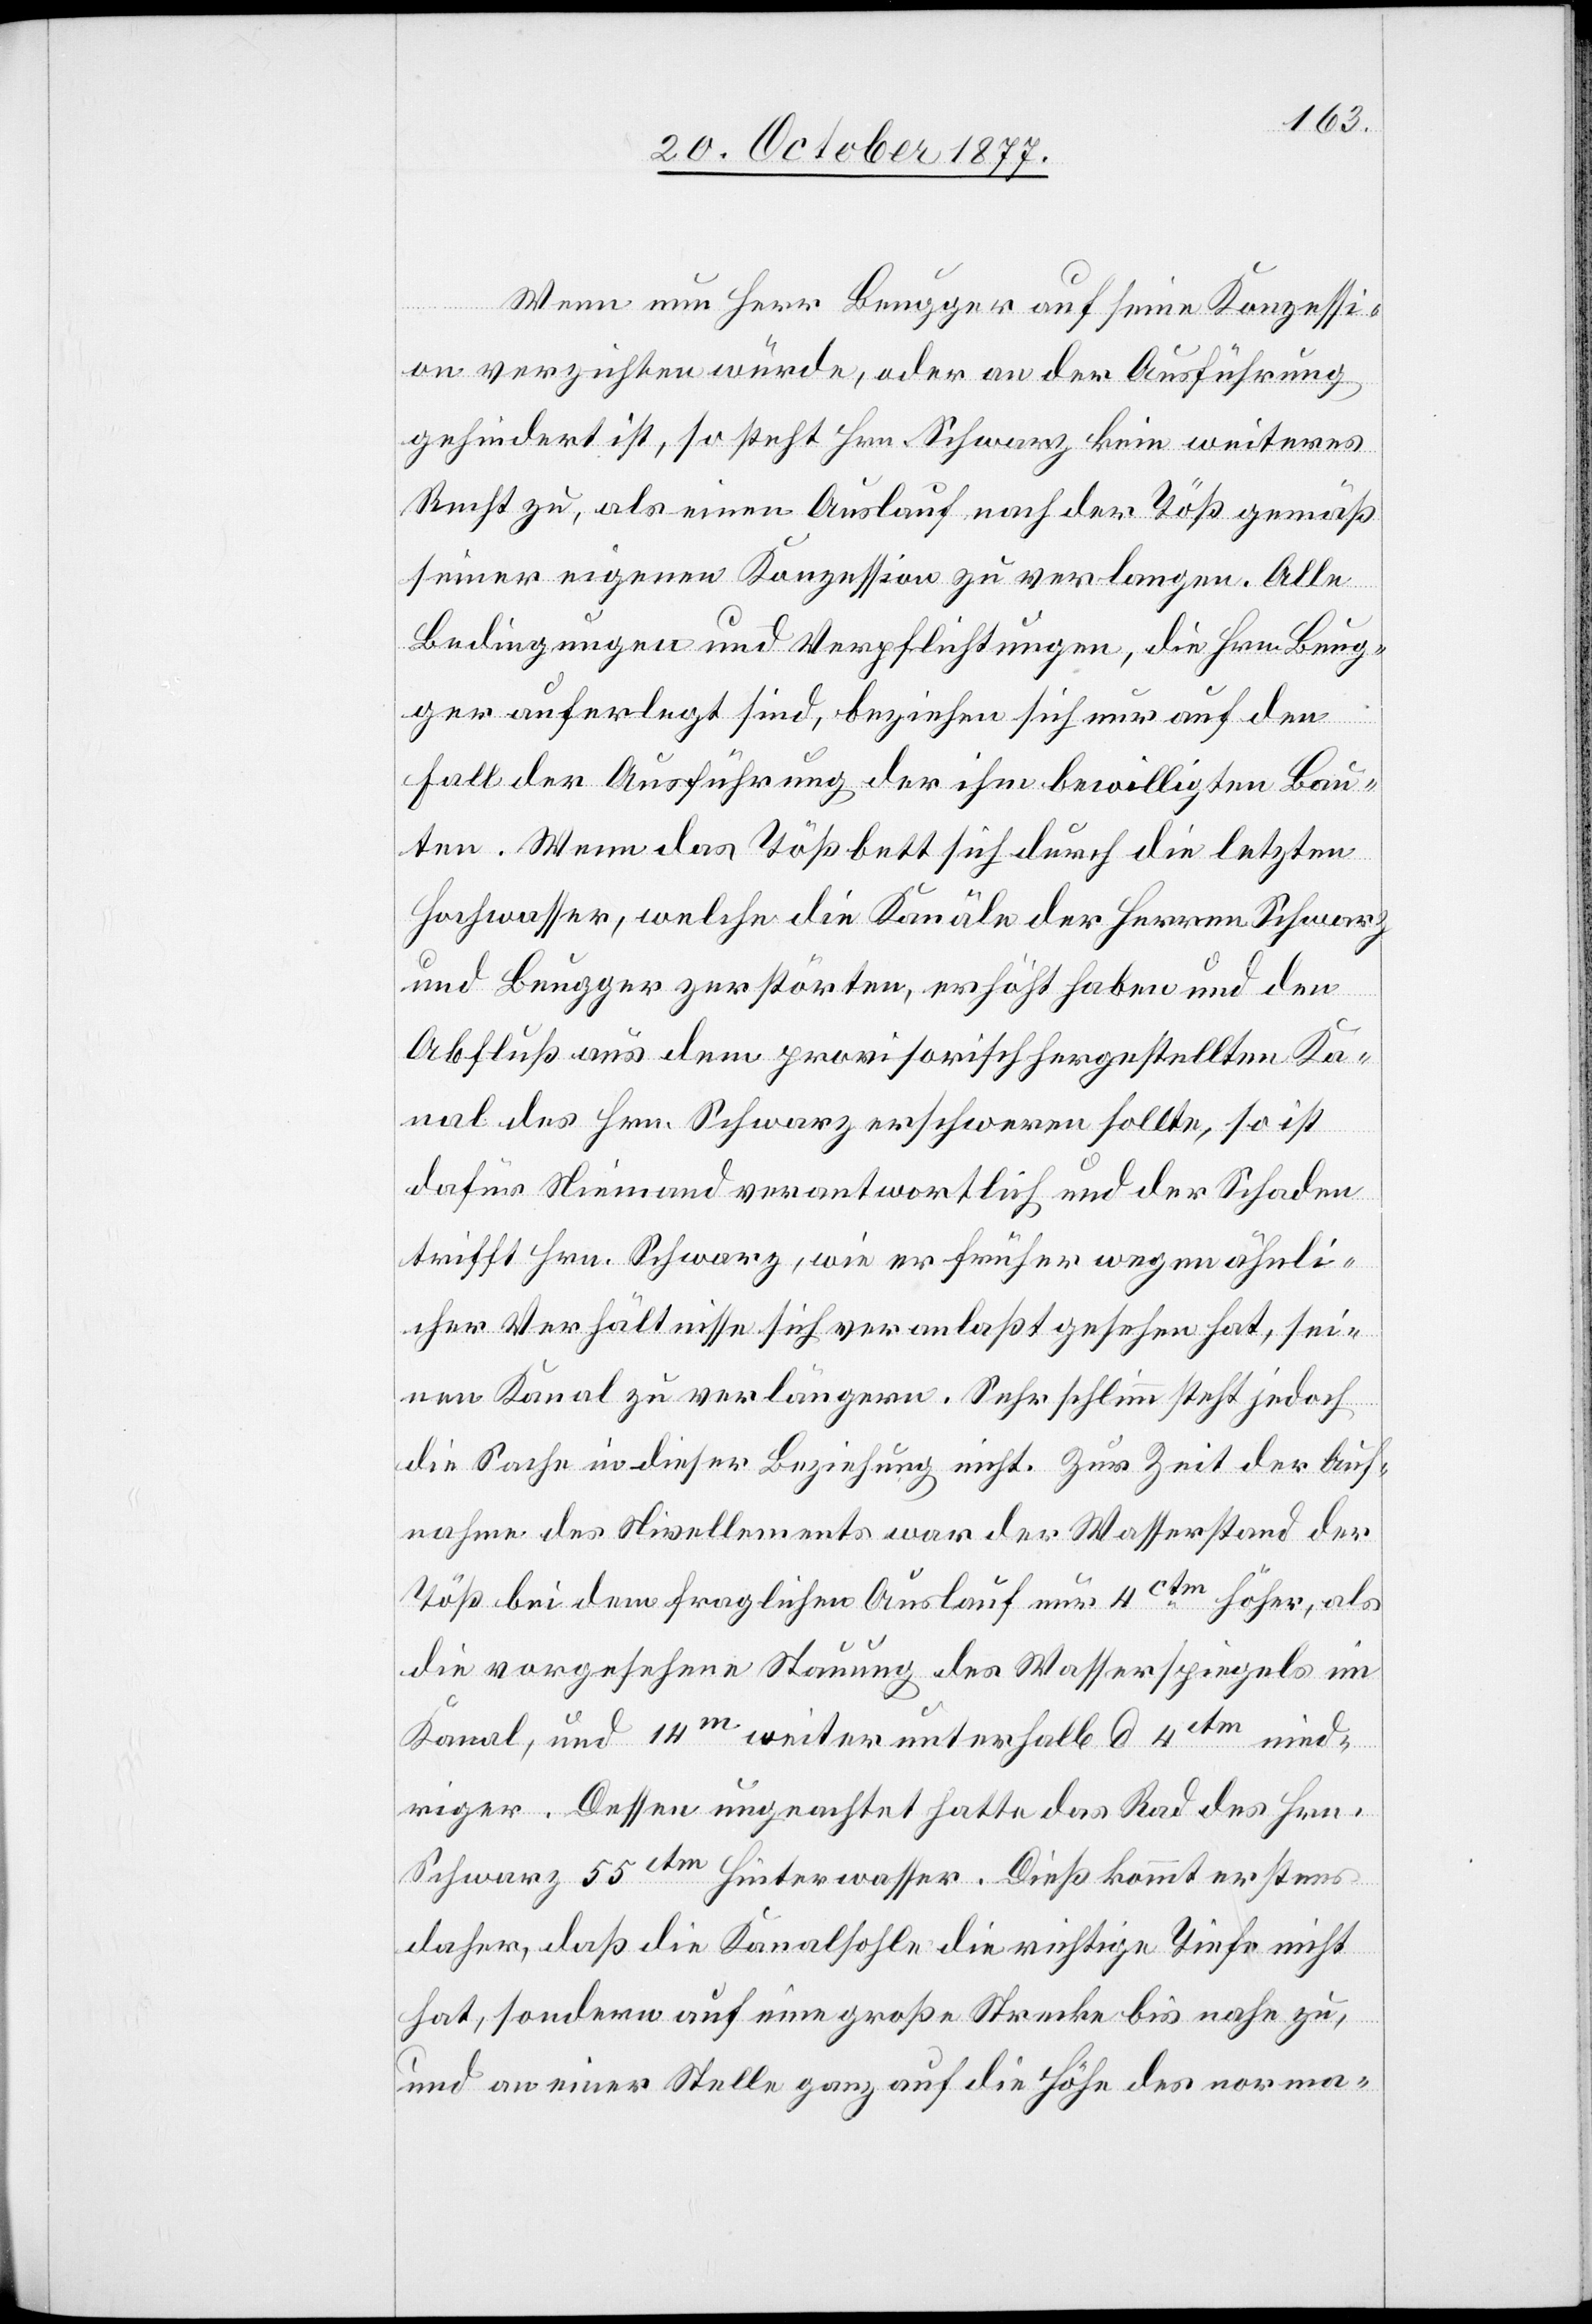
Wenn nun Herr Beugger auf seine Konzessi¬
on verzichten würde, oder an der Ausführung
gehindert ist, so steht Hrn. Schwarz kein weiteres
Recht zu, als einen Auslauf nach der Töß gemäß
seiner eigenen Konzession zu verlangen. Alle
Bedingungen und Verpflichtungen, die Hrn. Beug¬
ger auferlegt sind, beziehen sich nur auf den
Fall der Ausführung der ihm bewilligten Bau¬
ten. Wenn das Tößbett sich durch die letzten
Hochwasser, welche die Kanäle der Herren Schwarz
und Beugger zerstörten, erhöht haben und den
Abfluß aus dem provisorisch hergestellten Ka¬
nal des Hrn. Schwarz erschweren sollte, so ist
dafür Niemand verantwortlich und der Schaden
trifft Hrn. Schwarz, wie er früher wegen ähnli¬
cher Verhältnisse sich veranlaßt gesehen hat, sei¬
nen Kanal zu verlängern. Sehr schlimm steht jedoch
die Sache in dieser Beziehung nicht. Zur Zeit der Auf¬
nahme des Nivellements war der Wasserstand der
Töß bei dem fraglichen Auslauf nur 4ctm höher, als
die vorgesehene Stauung des Wasserspiegels im
Kanal, und 14m weiter unterhalb d 4ctm nied¬
riger. Dessen ungeachtet hatte das Rad des Hrn.
Schwarz 55ctm Hinterwasser. Dieß kommt erstens
daher, daß die Kanalsohle die richtige Tiefe nicht
hat, sondern auf eine große Strecke bis nahe zu,
und an einer Stelle ganz auf die Höhe des norma-